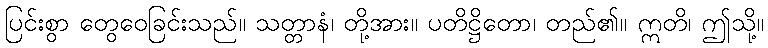
ပြင်းစွာ တွေဝေခြင်းသည်။ သတ္တာနံ၊ တို့အား။ ပတိဋ္ဌိတော၊ တည်၏။ ဣတိ၊ ဤသို့။